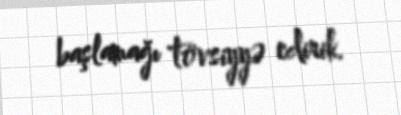
başlamağı tövsiyyə edirik.